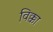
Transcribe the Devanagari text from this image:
विक्का